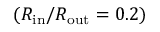
( R _ { \mathrm { i n } } / R _ { \mathrm { o u t } } = 0 . 2 )